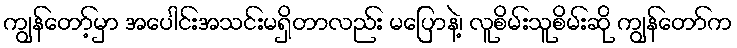
ကျွန်တော့်မှာ အပေါင်းအသင်းမရှိတာလည်း မပြောနဲ့၊ လူစိမ်းသူစိမ်းဆို ကျွန်တော်က